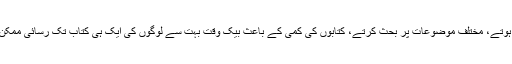
"لوگ یہاں جمع ہوتے، مختلف موضوعات پر بحث کرتے، کتابوں کی کمی کے باعث بیک وقت بہت سے لوگوں کی ایک ہی کتاب تک رسائی ممکن نہیں رہتی تھی۔